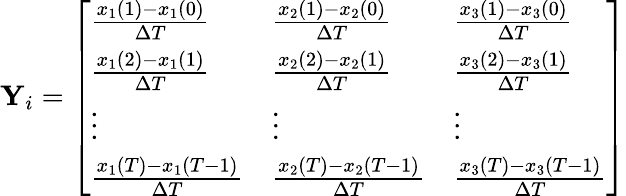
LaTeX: \mathbf{Y}_{i}=\left[\begin{array}{lll}{\frac{x_{1}(1)-x_{1}(0)}{\Delta T}}&{\frac{x_{2}(1)-x_{2}(0)}{\Delta T}}&{\frac{x_{3}(1)-x_{3}(0)}{\Delta T}}\\ {\frac{x_{1}(2)-x_{1}(1)}{\Delta T}}&{\frac{x_{2}(2)-x_{2}(1)}{\Delta T}}&{\frac{x_{3}(2)-x_{3}(1)}{\Delta T}}\\ {\vdots}&{\vdots}&{\vdots}\\ {\frac{x_{1}(T)-x_{1}(T-1)}{\Delta T}}&{\frac{x_{2}(T)-x_{2}(T-1)}{\Delta T}}&{\frac{x_{3}(T)-x_{3}(T-1)}{\Delta T}}\end{array}\right]